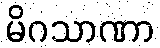
မိဂသာဏာ